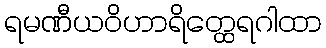
ရမဏီယဝိဟာရိတ္ထေရဂါထာ